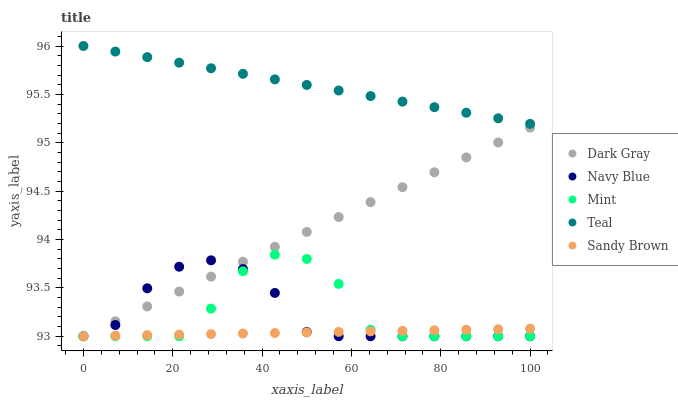
| xaxis_label | Dark Gray | Navy Blue | Mint | Teal | Sandy Brown |
 | --- | --- | --- | --- | --- | --- |
 | 0 | 93 | 93 | 93 | 96 | 93 |
 | 7.14 | 93.2 | 93.1 | 93 | 95.9 | 93 |
 | 14.3 | 93.3 | 93.5 | 93 | 95.9 | 93 |
 | 21.4 | 93.5 | 93.7 | 93 | 95.8 | 93 |
 | 28.6 | 93.6 | 93.8 | 93.3 | 95.8 | 93 |
 | 35.7 | 93.8 | 93.7 | 93.7 | 95.7 | 93 |
 | 42.9 | 93.9 | 93.4 | 93.8 | 95.7 | 93 |
 | 50 | 94.1 | 93 | 93.8 | 95.6 | 93 |
 | 57.1 | 94.2 | 93 | 93.5 | 95.5 | 93 |
 | 64.3 | 94.4 | 93 | 93.1 | 95.5 | 93.1 |
 | 71.4 | 94.5 | 93 | 93 | 95.4 | 93.1 |
 | 78.6 | 94.7 | 93 | 93 | 95.4 | 93.1 |
 | 85.7 | 94.8 | 93 | 93 | 95.3 | 93.1 |
 | 92.9 | 95 | 93 | 93 | 95.3 | 93.1 |
 | 100 | 95.2 | 93 | 93 | 95.2 | 93.1 |